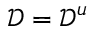
\mathcal { D } = \mathcal { D } ^ { u }